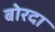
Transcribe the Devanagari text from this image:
बोरदा